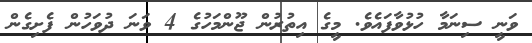
ވަނީ ސިނަމާ ހުޅުވާފައެވެ. މީގެ އިތުރުން ޖޫންމަހުގެ 4 ވަނަ ދުވަހުން ފެށިގެން